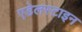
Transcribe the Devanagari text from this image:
एडेलस्टाइन